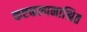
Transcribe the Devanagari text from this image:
कष्टकल्पनाश्रित